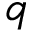
q